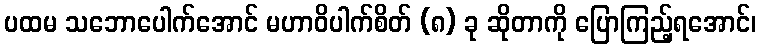
ပထမ သဘောပေါက်အောင် မဟာဝိပါက်စိတ် (၈) ခု ဆိုတာကို ပြောကြည့်ရအောင်၊